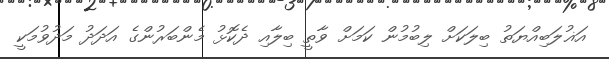
އަޣުލަބިއްޔަތު ބިލަކަށް ލިބުމުން ކަމަށް ވާތީ ބިލާއި ދެކޮޅު މެންބަރުންގެ އަދަދު މަދުވުމަކީ